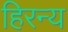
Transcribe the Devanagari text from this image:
हिरन्य